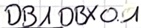
Text: DB1DBX0.1